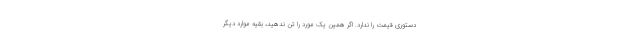
دستوری قیمت را ندارد. اگر همین یک مورد را تن ندهید، بقیه موارد دیگر